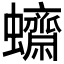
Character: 𧕚